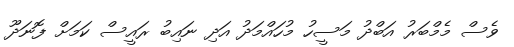
ވެސް މެމްބަރު އަބްދު މަސީހު މުހައްމަދު އަދި ނައިބު ރައީސް ކަމަށް ފޮނަދޫ